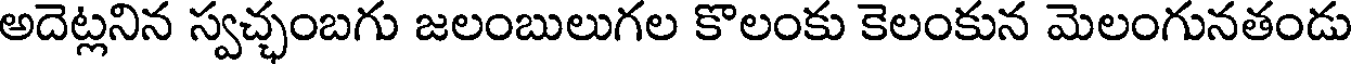
అదెట్లనిన స్వచ్ఛంబగు జలంబులుగల కొలంకు కెలంకున మెలంగునతండు